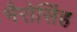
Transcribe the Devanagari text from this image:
भैरोसिंह